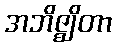
အဘိဇ္ဈိတာ